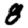
Digit: 8